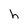
Character: h